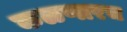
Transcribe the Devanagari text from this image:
कळणारच